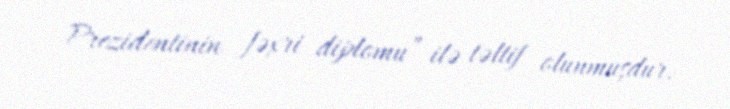
Prezidentinin fəxri diplomu” ilə təltif olunmuşdur.